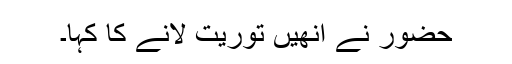
حضور نے انھیں توریت لانے کا کہا۔